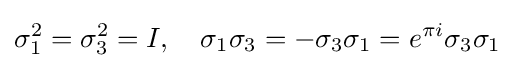
\sigma _{1}^{2}=\sigma _{3}^{2}=I,\quad \sigma _{1}\sigma _{3}=-\sigma _{3}\sigma _{1}=e^{\pi i}\sigma _{3}\sigma _{1}